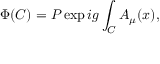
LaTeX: \Phi ( C ) = P \exp i g \int _ { C } A _ { \mu } ( x ) ,